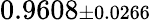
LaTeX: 0.9608{\scriptstyle\pm 0.0266}